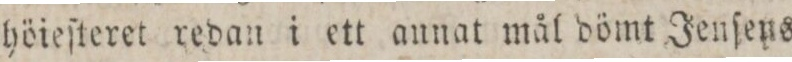
höieſteret redan i ett annat mål dömt Jenſens